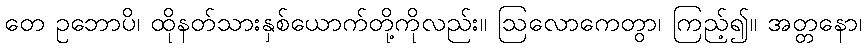
တေ ဥဘောပိ၊ ထိုနတ်သားနှစ်ယောက်တို့ကိုလည်း။ ဩလောကေတွာ၊ ကြည့်၍။ အတ္တနော၊